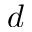
d